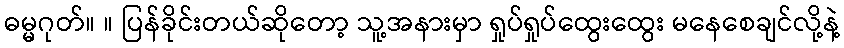
ဓမ္မဂုတ်။ ။ ပြန်ခိုင်းတယ်ဆိုတော့ သူ့အနားမှာ ရှုပ်ရှုပ်ထွေးထွေး မနေစေချင်လို့နဲ့